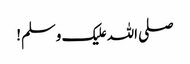
صلی اللہ علیک وسلم!